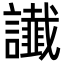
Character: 䜟